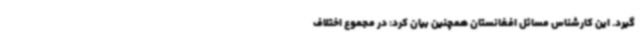
گیرد. این کارشناس مسائل افغانستان همچنین بیان کرد: در مجموع اختلاف